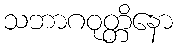
သဘာဂဝုတ္တိနော